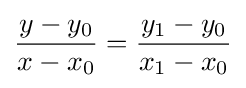
{\frac {y-y_{0}}{x-x_{0}}}={\frac {y_{1}-y_{0}}{x_{1}-x_{0}}}